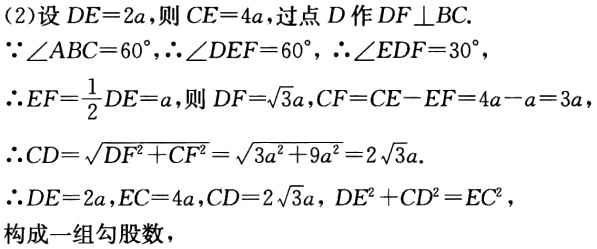
(2)设 \(DE = 2a\)，则 \(CE = 4a\)，过点 \(D\) 作 \(DF\perp BC\).
\(\because\angle ABC = 60^{\circ}\)，\(\therefore\angle DEF = 60^{\circ}\)，\(\therefore\angle EDF = 30^{\circ}\)，
\(\therefore EF=\frac{1}{2}DE = a\)，则 \(DF = \sqrt{3}a\)，\(CF = CE - EF = 4a - a = 3a\)，
\(\therefore CD=\sqrt{DF^{2}+CF^{2}}=\sqrt{3a^{2}+9a^{2}} = 2\sqrt{3}a\).
\(\therefore DE = 2a\)，\(EC = 4a\)，\(CD = 2\sqrt{3}a\)，\(DE^{2}+CD^{2}=EC^{2}\)，
构成一组勾股数，